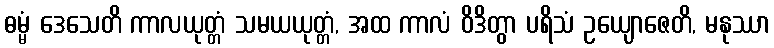
ဓမ္မံ ဒေသေတိ ကာလယုတ္တံ သမယယုတ္တံ, အထ ကာလံ ဝိဒိတွာ ပရိသံ ဥယျောဇေတိ, မနုဿာ